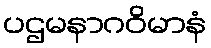
ပဌမနာဂဝိမာနံ